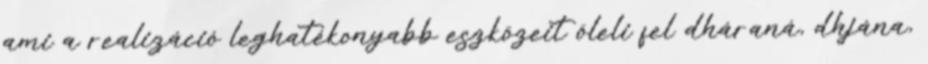
ami a realizáció leghatékonyabb eszközeit öleli fel dháraná, dhjána,